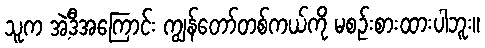
သူက အဲ့ဒီအကြောင်း ကျွန်တော်တစ်ကယ်ကို မစဉ်းစားထားပါဘူး။